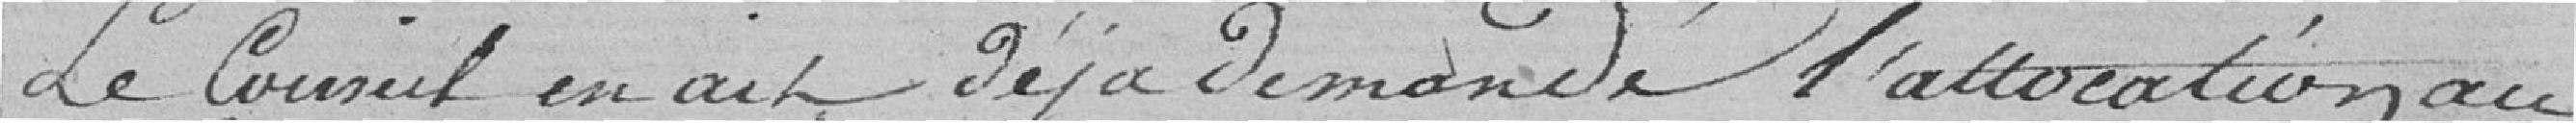
Le Conseil en ait déjà demandé l'allocation